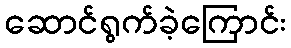
ဆောင်ရွက်ခဲ့ကြောင်း